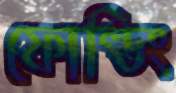
ফোল্ডিং